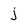
Character: j